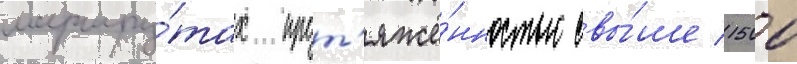
маршру́тах прот'яжё́нностью свы́ше 1500